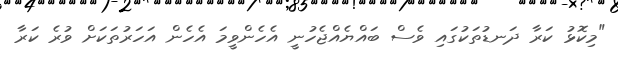
"މިކޮޅު ކަރާ ދަނޑުތަކުގައި ވެސް ބައްޔެއްޖެހުނީ އެހެންވީމަ އެހެން އަހަރުތަކަށް ވުރެ ކަރާ